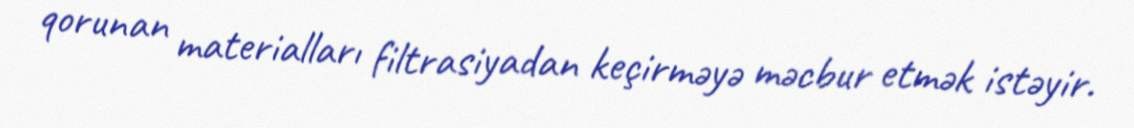
qorunan materialları filtrasiyadan keçirməyə məcbur etmək istəyir.